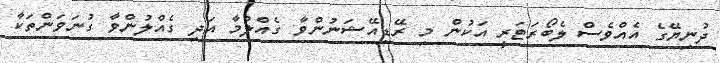
ދުނިޔޭގެ އެއްވެސް ލެބޯރަޓަރީ އަކުން މި ރޭޑިއޭޝަނުންވާ ގެއްލުމާ އަދި ގެއްލުންވާ ގުނަވަންތަކާ